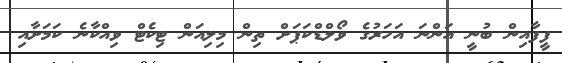
ފީފާއިން ބުނީ އަންނަ އަހަރުގެ ވޯލްޑްކަޕަށް ތިން މިލިއަން ޓިކެޓް ވިއްކާނެ ކަމަށާއި